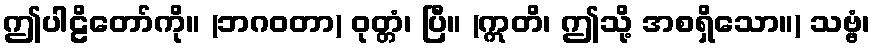
ဤပါဠိတော်ကို။ (ဘဂဝတာ) ဝုတ္တံ၊ ပြီ။ (ဣတိ၊ ဤသို့ အစရှိသော။) သဗ္ဗံ၊